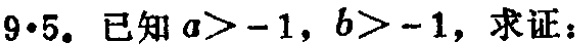
已知 \(a > -1\)，\(b > -1\)，求证：